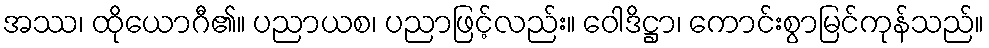
အဿ၊ ထိုယောဂီ၏။ ပညာယစ၊ ပညာဖြင့်လည်း။ ဝေါဒိဋ္ဌာ၊ ကောင်းစွာမြင်ကုန်သည်။